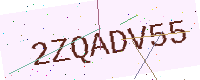
Text: 2ZQADV55